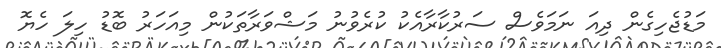
މަޑުޖެހިގެން ދިއަ ނަމަވެސް ސަރުކާރާއެކު ކުރެވުނު މަޝްވަރާތަކުން މިއަހަރު ބޮޑު ހިލަ ހެޔޮ